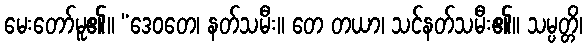
မေးတော်မူ၏။ “ဒေဝတေ၊ နတ်သမီး။ တေ တယာ၊ သင်နတ်သမီး၏။ သမ္ပတ္တိ၊